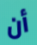
أن